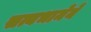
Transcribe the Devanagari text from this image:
सत्यभामेने